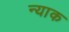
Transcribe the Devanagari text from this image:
न्याक